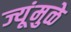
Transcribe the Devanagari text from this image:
ज्यूंमुळे